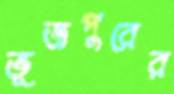
ভূজপুরের